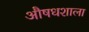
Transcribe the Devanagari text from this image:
औषधशाला